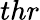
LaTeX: thr